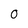
Character: 0